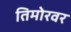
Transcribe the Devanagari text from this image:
तिमोरवर